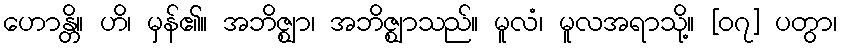
ဟောန္တိ။ ဟိ၊ မှန်၏။ အဘိဇ္ဈာ၊ အဘိဇ္ဈာသည်။ မူလံ၊ မူလအရာသို့။ [၀၇] ပတွာ၊